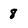
Character: 8